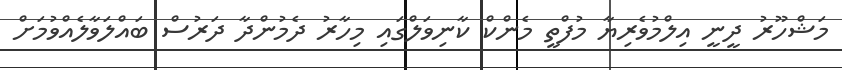
މަޝްހޫރު ދީނީ އިލްމުވެރިޔާ މުފްތީ މެންކް ކާނިވަލްގައި މިހާރު ދެމުންދާ ދަރުސް ބައްލަވާލެއްވުމަށް